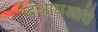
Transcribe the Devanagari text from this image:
द्विआधआरी